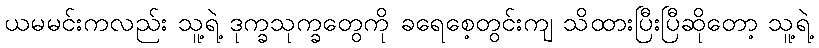
ယမမင်းကလည်း သူ့ရဲ့ ဒုက္ခသုက္ခတွေကို ခရေစေ့တွင်းကျ သိထားပြီးပြီဆိုတော့ သူ့ရဲ့